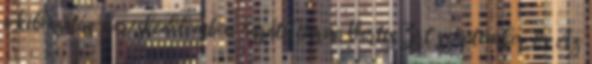
a kibocsátás-kereskedelemben Baráth Barna Vertis Zrt szeptember 15. Az